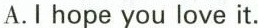
A.I hope you love it.